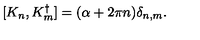
[ K _ { n } , K _ { m } ^ { \dagger } ] = ( \alpha + 2 \pi n ) \delta _ { n , m } .